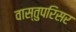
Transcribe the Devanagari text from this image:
वास्तुपरिसर